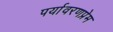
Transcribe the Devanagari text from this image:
पर्यावरणप्रेम